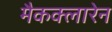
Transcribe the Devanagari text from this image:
मैकक्लारेन